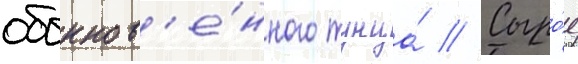
обыкнов'е́нного тунца́ // Сыро́е